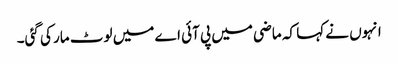
انہوں نے کہا کہ ماضی میں پی آئی اے میں لوٹ مار کی گئی۔